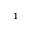
^ { - 1 }